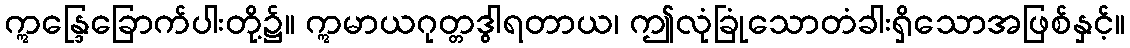
ဣန္ဒြေခြောက်ပါးတို့၌။ ဣမာယဂုတ္တဒွါရတာယ၊ ဤလုံခြုံသောတံခါးရှိသောအဖြစ်နှင့်။